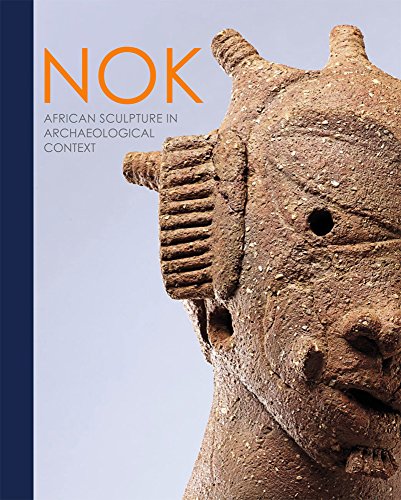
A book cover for Nok: African Sculpture in Archaeological Context; Peter Breunig; History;